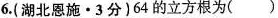
6.(湖北恩施·3分)64的立方根为( )